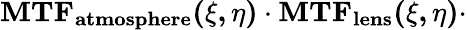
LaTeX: \mathbf{MTF_{atmosphere}(\xi,\eta)\cdot MTF_{lens}(\xi,\eta)\cdot}